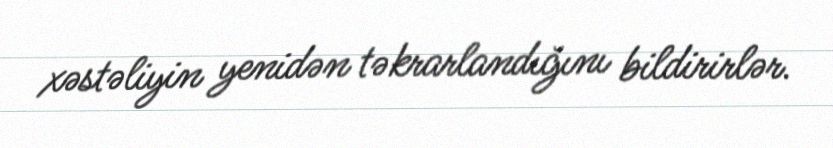
xəstəliyin yenidən təkrarlandığını bildirirlər.